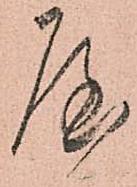
屋